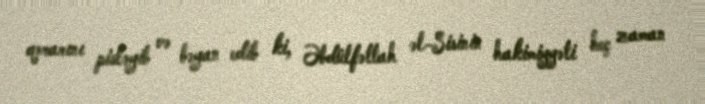
qərarını pisləyib və bəyan edib ki, Əbdülfəttah əl-Sisinin hakimiyyəti heç zaman